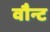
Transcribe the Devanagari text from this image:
वौन्ट